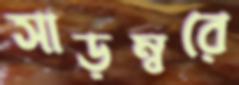
সাড়ম্বরে